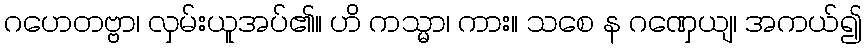
ဂဟေတဗ္ဗာ၊ လှမ်းယူအပ်၏။ ဟိ ကသ္မာ၊ ကား။ သစေ န ဂဏှေယျ၊ အကယ်၍